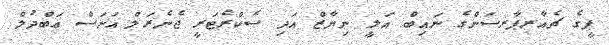
ޕީގެ ޗެއާރޕާރސަންގެ ނައިބް އަލީ ނިޔާޒް އަދި ސެކްރެޓަރީ ޖެނެރަލް އަނަސް ޢަބްދުލް